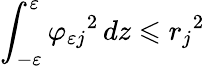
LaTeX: \int_{-\varepsilon}^{\varepsilon}{\varphi_{\varepsilon j}}^{2}\mathop{}\! {d{z}}\leqslant{r_{j}}^{2}